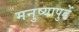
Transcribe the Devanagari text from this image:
मनुष्यापुढें